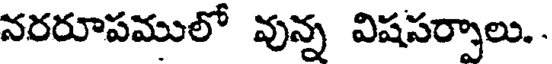
నరరూపములో వున్న విషసర్నాలు..